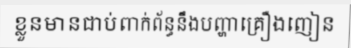
ខ្លួនមានជាប់ពាក់ព័ន្ធនឹងបញ្ហាគ្រឿងញៀន